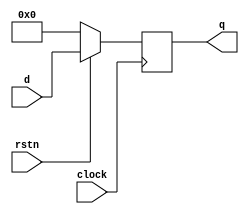
module FFD_resettable(q,
							 clock,
							 rstn,
							 d
							 );

   parameter WIDTH = 32;
	
	output [WIDTH-1:0] q;
	
   input  [WIDTH-1:0] d;
   input clock, rstn;

   reg [WIDTH-1:0] register;
	
   always @(posedge clock) begin

		if (!rstn) 
			register <= 0;
			
      else 
			register <= d;
			
	end	
	
	assign q = register;
	
endmodule